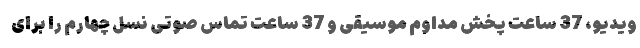
ویدیو، 37 ساعت پخش مداوم موسیقی و 37 ساعت تماس صوتی نسل چهارم را برای